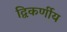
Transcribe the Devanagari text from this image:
द्विकर्णीय